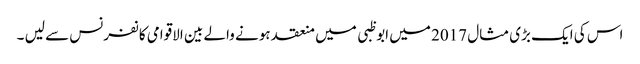
اس کی ایک بڑی مثال 2017 میں ابوظبی میں منعقد ہونے والے بین الاقوامی کانفرنس سے لیں ۔